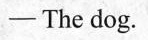
-The dog.